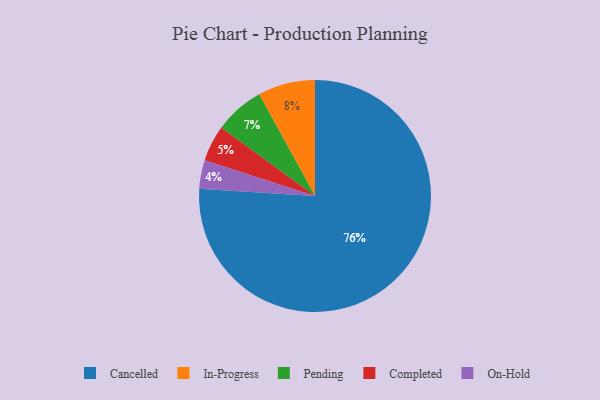
{"axis": {"x": "Category", "y": "Percentage"}, "legend": ["Cancelled", "Completed", "In-Progress", "On-Hold", "Pending"], "data": [{"x": "Pending", "y": 7, "type": "Pending"}, {"x": "Completed", "y": 5, "type": "Completed"}, {"x": "On-Hold", "y": 4, "type": "On-Hold"}, {"x": "In-Progress", "y": 8, "type": "In-Progress"}, {"x": "Cancelled", "y": 76, "type": "Cancelled"}]}